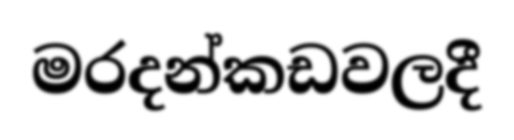
මරදන්කඩවලදී